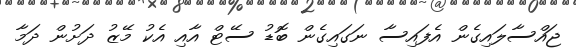
ޖައްސާލައިގެން އެފައިސާ ނަގައިގެން ބޮޑު ސޭޓް އާއި އެކު މޭޒު ދަށުން ދަމާ